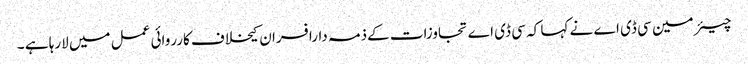
چیئر مین سی ڈی اے نے کہا کہ سی ڈی اے تجاوزات کےذمہ دارافسران کیخلاف کارروائی عمل میں لارہا ہے ۔